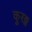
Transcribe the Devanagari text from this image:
कुरङ्ग